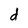
Character: d